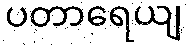
ပတာရေယျ